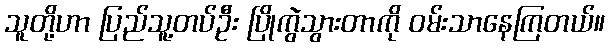
သူတို့ဟာ ပြည်သူ့တပ်ဦး ပြိုကွဲသွားတာကို ဝမ်းသာနေကြတယ်။